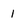
Character: 1